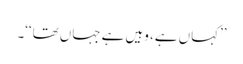
’’کہاں ہے، وہیں ہے جہاں تھا‘‘۔